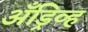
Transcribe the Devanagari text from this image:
अँड्रिव्ह